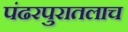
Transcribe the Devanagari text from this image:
पंढरपुरातलाच